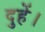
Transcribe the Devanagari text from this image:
दुहें।